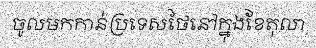
ចូលមកកាន់ប្រទេសថៃនៅក្នុងខែតុលា